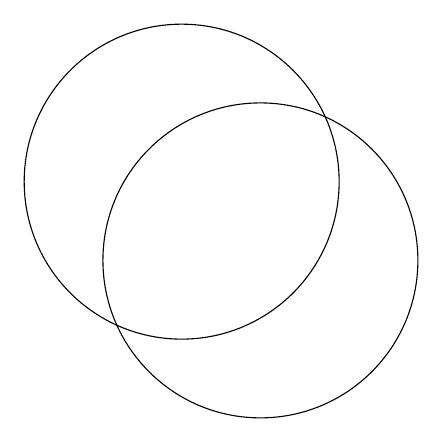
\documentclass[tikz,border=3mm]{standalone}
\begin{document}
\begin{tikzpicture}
\draw (11,11) circle (0);
\draw (11,10) circle (2);
\draw (10,11) circle (2);
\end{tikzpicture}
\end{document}